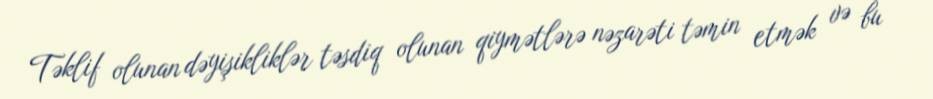
Təklif olunan dəyişikliklər təsdiq olunan qiymətlərə nəzarəti təmin etmək və bu